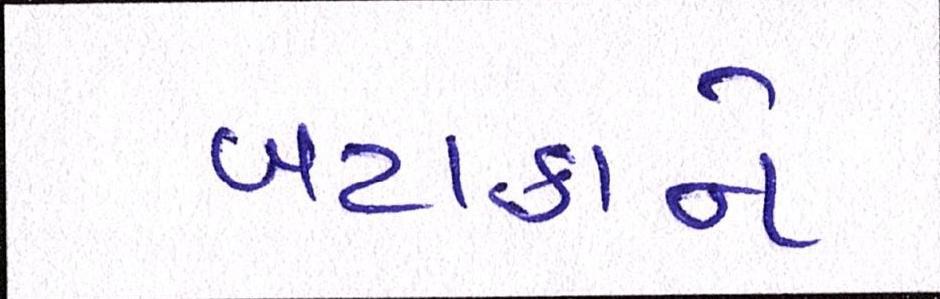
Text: બટાકાને